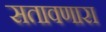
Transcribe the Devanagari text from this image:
सतावणारा